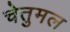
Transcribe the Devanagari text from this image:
चेतुमल